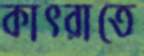
কাৎরাতে